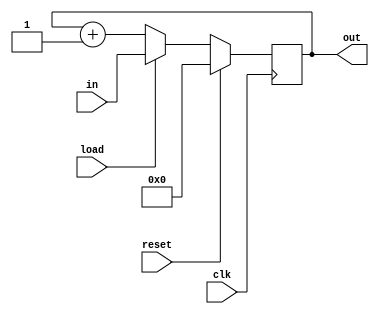
module Counter(
  input clk, reset, load, 
  input [7:0] in,
  output [7:0] out
);
  reg [7:0]out;
  
  	always @ (posedge clk)
      if(reset)
		out <= 0;
      else if (load)
		out <= in;
		else
          out <= out + 1;
  
initial begin
    out <= 1'b0;
end
endmodule